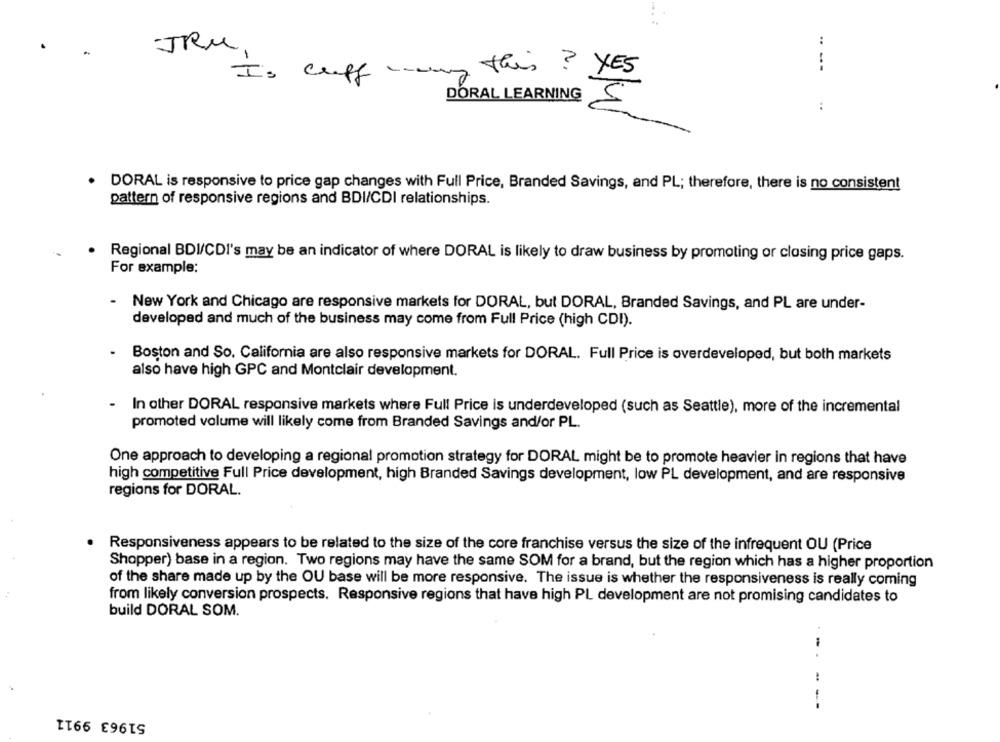
..
-JRu,
Is cuff
- - wing this ?
DORAL LEARNING
..
· DORAL is responsive to price gap changes with Full Price, Branded Savings, and PL; therefore, there is no consistent
pattern of responsive regions and BDI/CDI relationships.
· Regional BDI/CDI's may be an indicator of where DORAL is likely to draw business by promoting or closing price gaps.
For example:
- New York and Chicago are responsive markets for DORAL, but DORAL, Branded Savings, and PL are under-
developed and much of the business may come from Full Price (high CDI).
Boston and So. California are also responsive markets for DORAL. Full Price is overdeveloped, but both markets
also have high GPC and Montclair development.
In other DORAL responsive markets where Full Price is underdeveloped (such as Seattle), more of the incremental
promoted volume will likely come from Branded Savings and/or PL.
One approach to developing a regional promotion strategy for DORAL might be to promote heavier in regions that have
high competitive Full Price development, high Branded Savings development, low PL development, and are responsive
regions for DORAL.
Responsiveness appears to be related to the size of the core franchise versus the size of the infrequent OU (Price
Shopper) base in a region. Two regions may have the same SOM for a brand, but the region which has a higher proportion
of the share made up by the OU base will be more responsive. The issue is whether the responsiveness is really coming
from likely conversion prospects. Responsive regions that have high PL development are not promising candidates to
build DORAL SOM.
. .
---
51963 9911